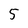
Character: 5